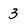
Character: 3